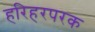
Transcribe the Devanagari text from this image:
हरिहरपरक